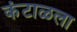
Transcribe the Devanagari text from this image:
कंटाळला